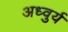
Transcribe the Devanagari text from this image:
अध्वुर्य